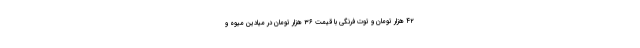
۴۲ هزار تومان و توت فرنگی با قیمت ۳۶ هزار تومان در میادین میوه‌ و